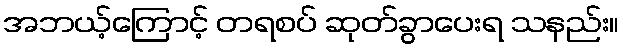
အဘယ့်ကြောင့် တရစပ် ဆုတ်ခွာပေးရ သနည်း။